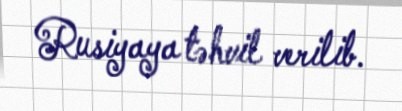
Rusiyaya təhvil verilib.